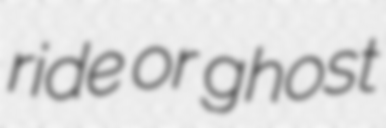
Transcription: ride or ghost